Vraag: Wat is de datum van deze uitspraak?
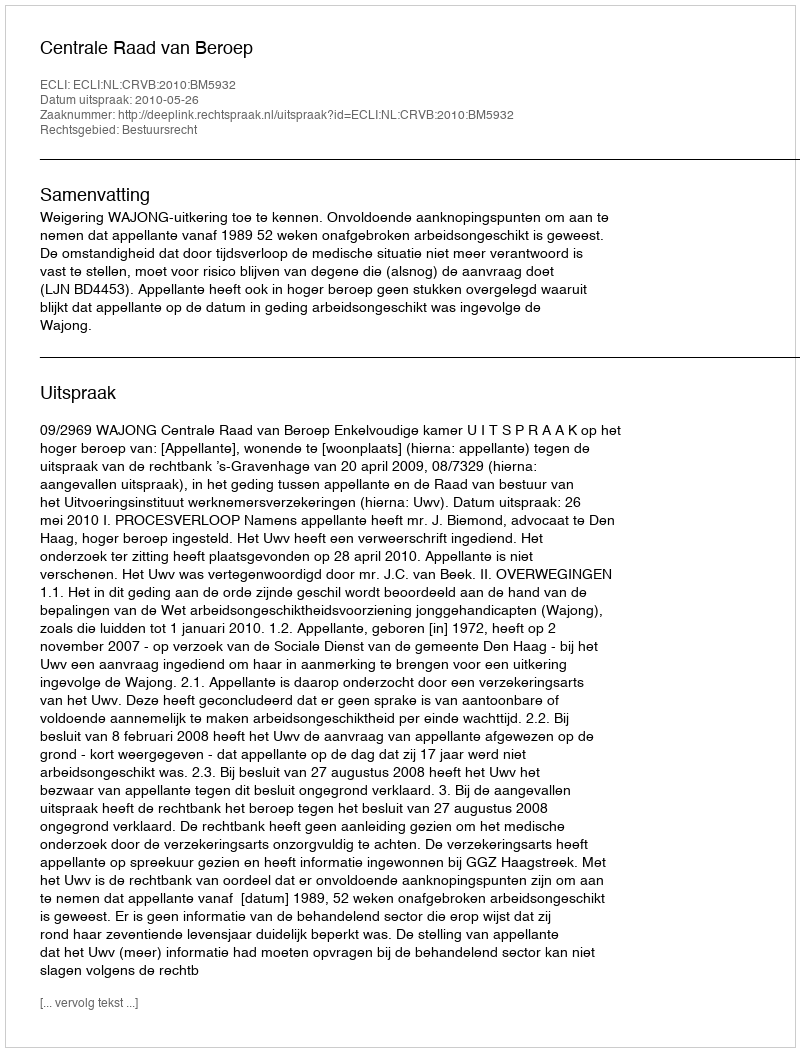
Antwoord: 2010-05-26